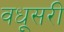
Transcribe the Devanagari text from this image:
वधूसरी